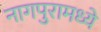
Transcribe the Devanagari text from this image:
नागपुरामध्ये